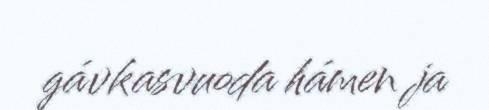
gávkasvuoda hámen ja